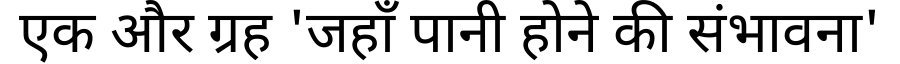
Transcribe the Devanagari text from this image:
एक और ग्रह 'जहाँ पानी होने की संभावना'